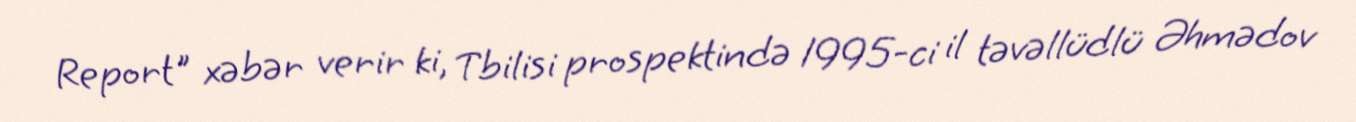
Report" xəbər verir ki, Tbilisi prospektində 1995-ci il təvəllüdlü Əhmədov